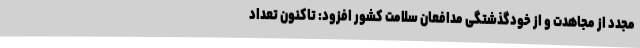
مجدد از مجاهدت و از خودگذشتگی مدافعان سلامت کشور افزود: تاکنون تعداد